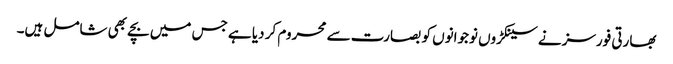
بھارتی فورسز نے سینکڑوں نوجوانوں کو بصارت سے محروم کر دیا ہے جس میں بچے بھی شامل ہیں۔